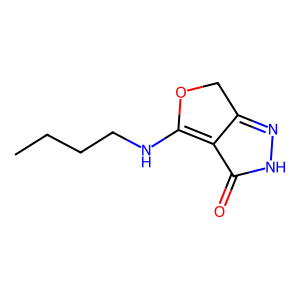
SMILES: CCCCNC1=C2C(=O)NN=C2CO1
Inhibits HIV replication: No